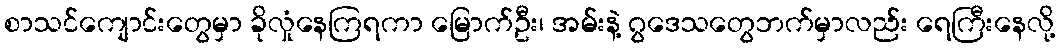
စာသင်ကျောင်းတွေမှာ ခိုလှုံနေကြရကာ မြောက်ဦး၊ အမ်းနဲ့ ဂွဒေသတွေဘက်မှာလည်း ရေကြီးနေလို့